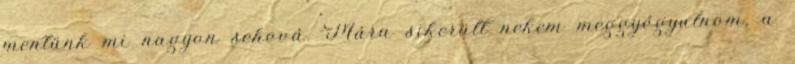
mentünk mi nagyon sehová. Mára sikerült nekem meggyógyulnom, a